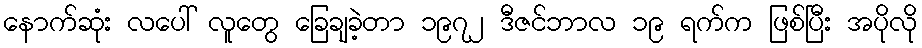
နောက်ဆုံး လပေါ် လူတွေ ခြေချခဲ့တာ ၁၉၇၂ ဒီဇင်ဘာလ ၁၉ ရက်က ဖြစ်ပြီး အပိုလို